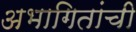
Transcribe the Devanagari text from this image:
अभागितांची